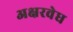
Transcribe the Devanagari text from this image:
अक्षरवेध